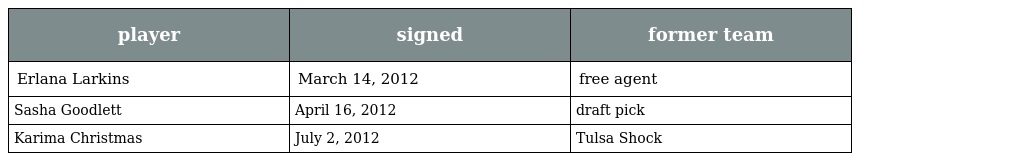
| player | signed | former team |
 | --- | --- | --- |
 | Erlana Larkins | March 14, 2012 | free agent |
 | Sasha Goodlett | April 16, 2012 | draft pick |
 | Karima Christmas | July 2, 2012 | Tulsa Shock |